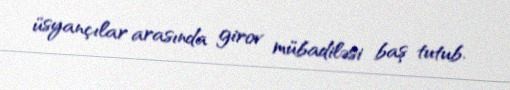
üsyançılar arasında girov mübadiləsi baş tutub.